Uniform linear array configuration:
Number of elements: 48
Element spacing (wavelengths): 0.25
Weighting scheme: exponential
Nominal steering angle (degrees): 15
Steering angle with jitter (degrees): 15.491
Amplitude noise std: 0.05
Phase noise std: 0.05

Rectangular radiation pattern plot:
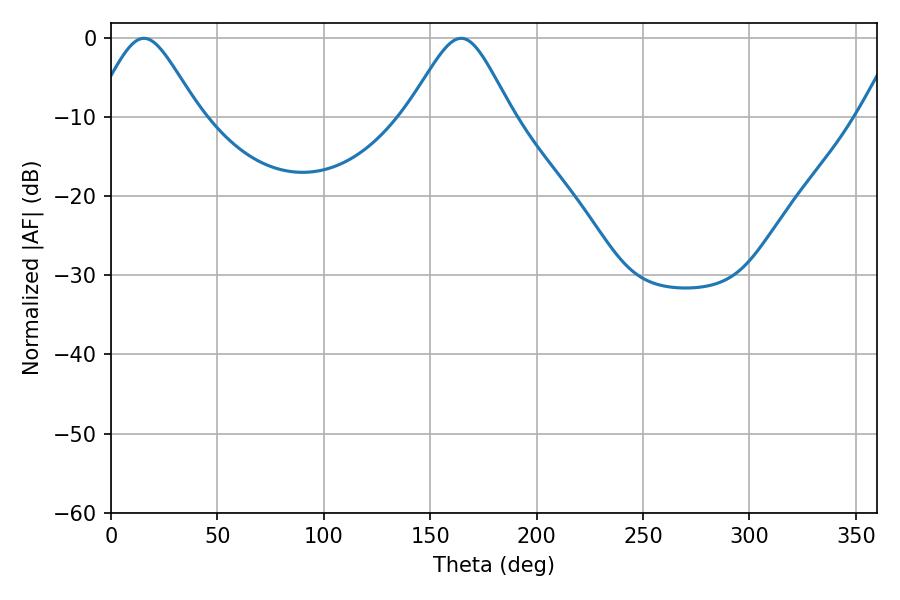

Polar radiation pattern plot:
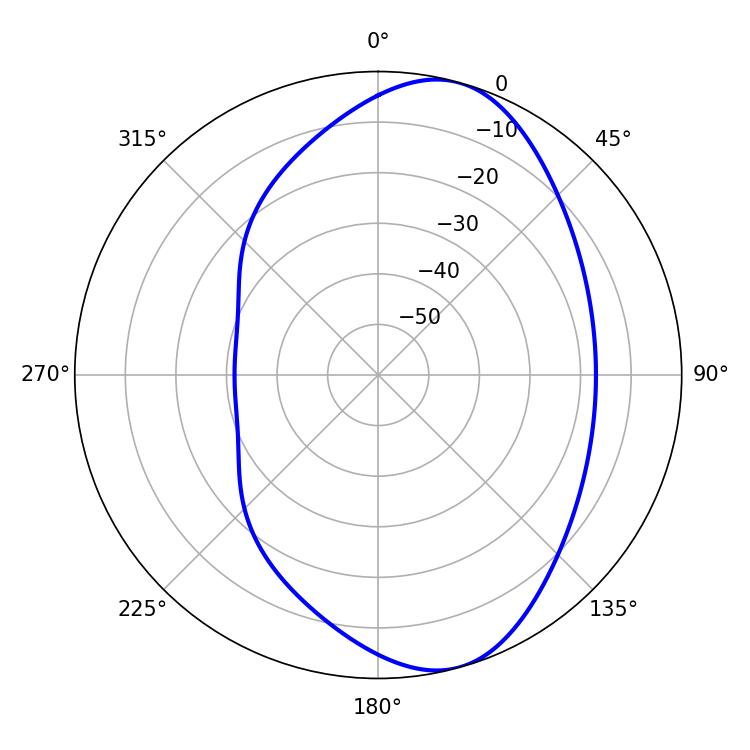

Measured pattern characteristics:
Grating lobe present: FALSE
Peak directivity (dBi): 8.257
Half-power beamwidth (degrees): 24.12
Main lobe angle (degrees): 15.48